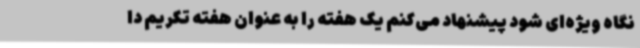
نگاه ویژه‌ای شود پیشنهاد می‌کنم یک هفته را به عنوان هفته تکریم دا